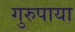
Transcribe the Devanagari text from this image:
गुरुपाया